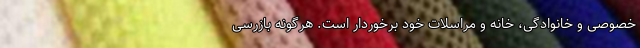
خصوصی و خانوادگی، خانه و مراسلات خود برخوردار است. هرگونه بازرسی